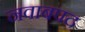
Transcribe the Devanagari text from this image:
नवाबपद